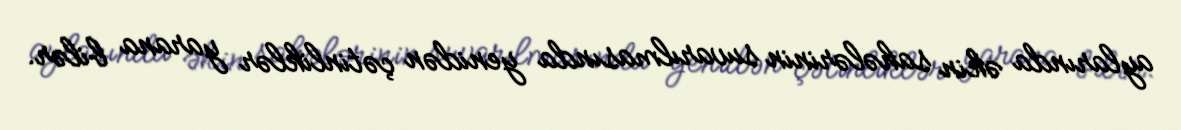
aylarında əkin sahələrinin suvarılmasında yenidən çətinliklər yarana bilər.